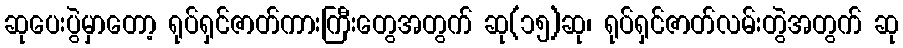
ဆုပေးပွဲမှာတော့ ရုပ်ရှင်ဇာတ်ကားကြီးတွေအတွက် ဆု(၁၅)ဆု၊ ရုပ်ရှင်ဇာတ်လမ်းတွဲအတွက် ဆု